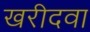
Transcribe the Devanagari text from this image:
खरीदवा